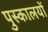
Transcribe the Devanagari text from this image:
पुस्कालयों